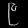
Digit: ၉